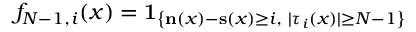
f _ { N - 1 , i } ( x ) = \mathbf { 1 } _ { \left\{ \mathbf { n } ( x ) - \mathbf { s } ( x ) \geq i , \; | \tau _ { i } ( x ) | \geq N - 1 \right\} }